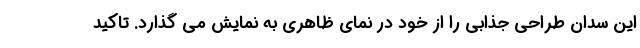
این سدان طراحی جذابی را از خود در نمای ظاهری به نمایش می گذارد. تاکید